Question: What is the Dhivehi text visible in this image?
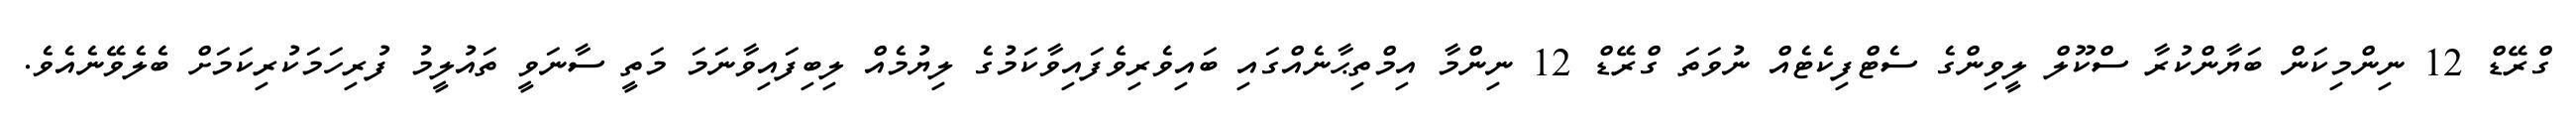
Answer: ގްރޭޑް 12 ނިންމިކަން ބަޔާންކުރާ ސްކޫލް ލީވިންގެ ސެޓްފިކެޓެއް ނުވަތަ ގްރޭޑް 12 ނިންމާ އިމްތިޙާނެއްގައި ބައިވެރިވެފައިވާކަމުގެ ލިޔުމެއް ލިބިފައިވާނަމަ މަތީ ސާނަވީ ތައުލީމު ފުރިހަމަކުރިކަމަށް ބެލެވޭނެއެވެ.